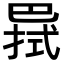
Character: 𢁊